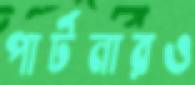
পার্টনারও